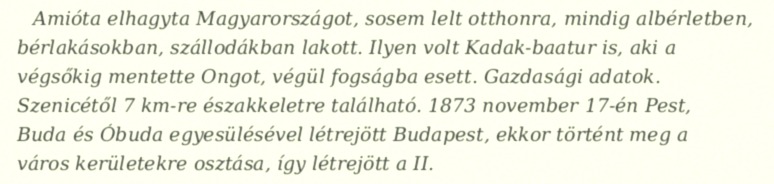
Amióta elhagyta Magyarországot, sosem lelt otthonra, mindig albérletben, bérlakásokban, szállodákban lakott. Ilyen volt Kadak-baatur is, aki a végsőkig mentette Ongot, végül fogságba esett. Gazdasági adatok. Szenicétől 7 km-re északkeletre található. 1873 november 17-én Pest, Buda és Óbuda egyesülésével létrejött Budapest, ekkor történt meg a város kerületekre osztása, így létrejött a II.